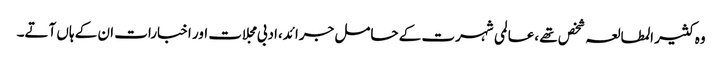
وہ کثیر المطالعہ شخص تھے ،عالمی شہرت کے حامل جرائد،ادبی مجلات اور اخبارات ان کے ہاں آتے۔